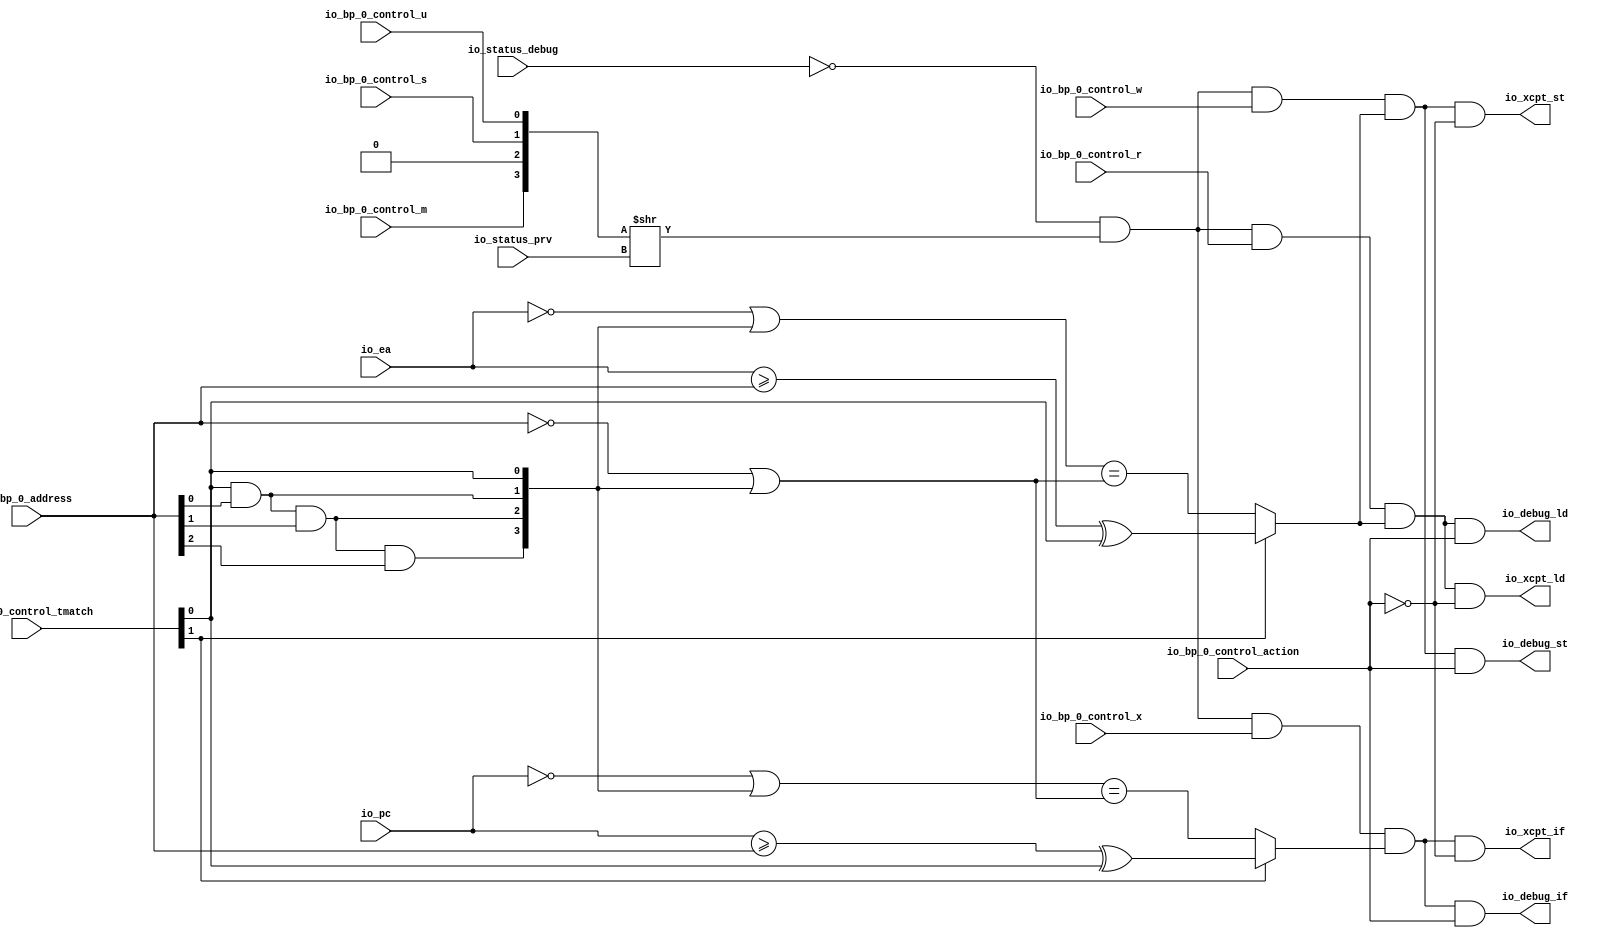
module BreakpointUnit(
  input         io_status_debug,
  input  [1:0]  io_status_prv,
  input         io_bp_0_control_action,
  input  [1:0]  io_bp_0_control_tmatch,
  input         io_bp_0_control_m,
  input         io_bp_0_control_s,
  input         io_bp_0_control_u,
  input         io_bp_0_control_x,
  input         io_bp_0_control_w,
  input         io_bp_0_control_r,
  input  [38:0] io_bp_0_address,
  input  [38:0] io_pc,
  input  [38:0] io_ea,
  output        io_xcpt_if,
  output        io_xcpt_ld,
  output        io_xcpt_st,
  output        io_debug_if,
  output        io_debug_ld,
  output        io_debug_st
);
  wire [3:0] _en_T_1 = {io_bp_0_control_m,1'h0,io_bp_0_control_s,io_bp_0_control_u}; // @[Cat.scala 31:58]
  wire [3:0] _en_T_2 = _en_T_1 >> io_status_prv; // @[Breakpoint.scala 30:68]
  wire  en = ~io_status_debug & _en_T_2[0]; // @[Breakpoint.scala 30:50]
  wire  _r_T_4 = io_ea >= io_bp_0_address ^ io_bp_0_control_tmatch[0]; // @[Breakpoint.scala 65:20]
  wire [38:0] _r_T_5 = ~io_ea; // @[Breakpoint.scala 62:6]
  wire  _r_T_8 = io_bp_0_control_tmatch[0] & io_bp_0_address[0]; // @[Breakpoint.scala 59:73]
  wire  _r_T_10 = io_bp_0_control_tmatch[0] & io_bp_0_address[0] & io_bp_0_address[1]; // @[Breakpoint.scala 59:73]
  wire  _r_T_12 = io_bp_0_control_tmatch[0] & io_bp_0_address[0] & io_bp_0_address[1] & io_bp_0_address[2]; // @[Breakpoint.scala 59:73]
  wire [3:0] _r_T_13 = {_r_T_12,_r_T_10,_r_T_8,io_bp_0_control_tmatch[0]}; // @[Cat.scala 31:58]
  wire [38:0] _GEN_11 = {{35'd0}, _r_T_13}; // @[Breakpoint.scala 62:9]
  wire [38:0] _r_T_14 = _r_T_5 | _GEN_11; // @[Breakpoint.scala 62:9]
  wire [38:0] _r_T_15 = ~io_bp_0_address; // @[Breakpoint.scala 62:24]
  wire [38:0] _r_T_24 = _r_T_15 | _GEN_11; // @[Breakpoint.scala 62:33]
  wire  _r_T_25 = _r_T_14 == _r_T_24; // @[Breakpoint.scala 62:19]
  wire  _r_T_26 = io_bp_0_control_tmatch[1] ? _r_T_4 : _r_T_25; // @[Breakpoint.scala 68:8]
  wire  r = en & io_bp_0_control_r & _r_T_26; // @[Breakpoint.scala 106:32]
  wire  w = en & io_bp_0_control_w & _r_T_26; // @[Breakpoint.scala 107:32]
  wire  _x_T_4 = io_pc >= io_bp_0_address ^ io_bp_0_control_tmatch[0]; // @[Breakpoint.scala 65:20]
  wire [38:0] _x_T_5 = ~io_pc; // @[Breakpoint.scala 62:6]
  wire [38:0] _x_T_14 = _x_T_5 | _GEN_11; // @[Breakpoint.scala 62:9]
  wire  _x_T_25 = _x_T_14 == _r_T_24; // @[Breakpoint.scala 62:19]
  wire  _x_T_26 = io_bp_0_control_tmatch[1] ? _x_T_4 : _x_T_25; // @[Breakpoint.scala 68:8]
  wire  x = en & io_bp_0_control_x & _x_T_26; // @[Breakpoint.scala 108:32]
  wire  _io_xcpt_ld_T = ~io_bp_0_control_action; // @[Breakpoint.scala 118:51]
  assign io_xcpt_if = x & _io_xcpt_ld_T; // @[Breakpoint.scala 120:{27,40} 96:14]
  assign io_xcpt_ld = r & ~io_bp_0_control_action; // @[Breakpoint.scala 118:{27,40} 97:14]
  assign io_xcpt_st = w & _io_xcpt_ld_T; // @[Breakpoint.scala 119:{27,40} 98:14]
  assign io_debug_if = x & io_bp_0_control_action; // @[Breakpoint.scala 120:{27,73} 99:15]
  assign io_debug_ld = r & io_bp_0_control_action; // @[Breakpoint.scala 100:15 118:{27,73}]
  assign io_debug_st = w & io_bp_0_control_action; // @[Breakpoint.scala 101:15 119:{27,73}]
endmodule